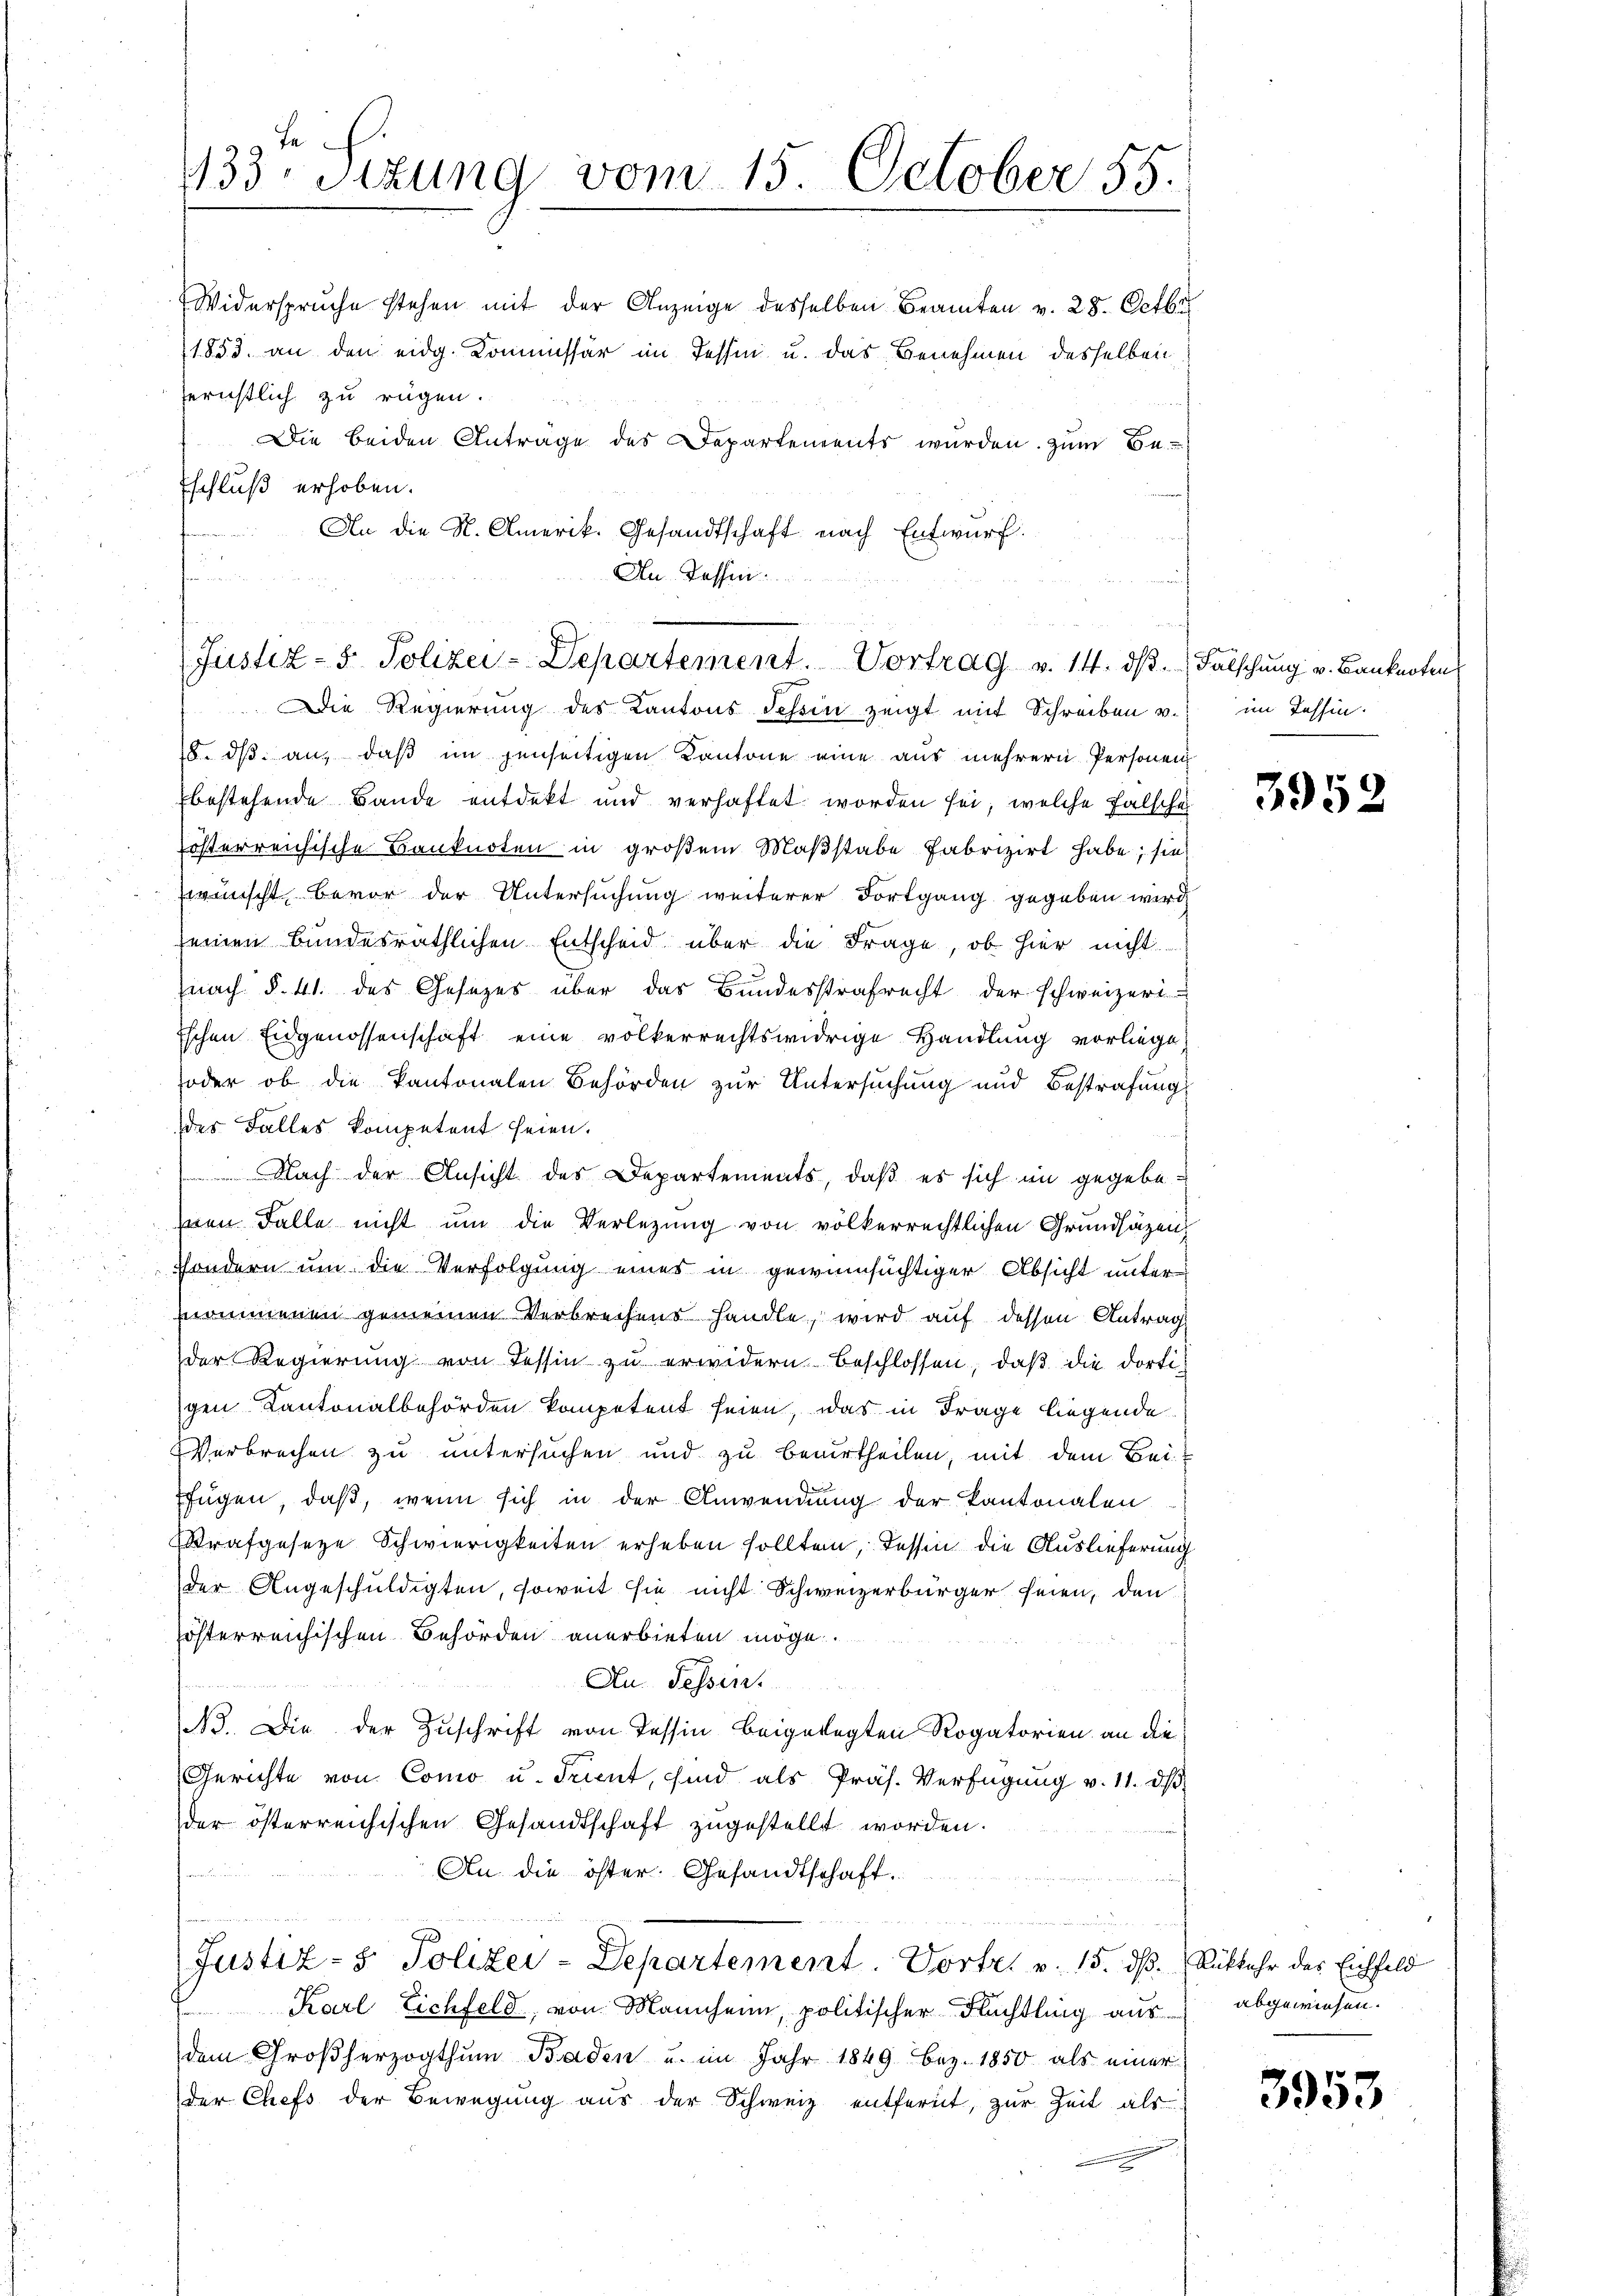
fe
133 Sizung vom 15. October 55.

Widerspruche stehen mit der Anzeige desselben Beamten v. 28. Octbr
1853 an den eidg. Kommissär im Tessin u. das Benehmen desselben
ernstlich zu rügen.
Die beiden Anträge des Departements wurden. Zum Be¬
Eschluß erhoben.
An die K. Amerik. Gesandtschaft nach Entwurf.
n
An Tassen
f

Justiz- & Polizei-Departement. Vortrag v. 14. dβ. Falschung v. Banknotens

Die Regierung des Kantons Schin zeigt mit Schreiben v.
8. dβ an, daß im jenseitigen Kantone eine aus mehrern Personen
bestehende Bande entdekt und verhaftet worden sei, welche Falsche
österreichische Banknoten in großem Maßstabe fabrizirt habe; sie
wünscht, bevor der Untersuchung weiterer Fortgang gegeben wird,
seinen Bundesräthlichen Entscheid über die Frage, ob hier nicht
(nach §. 41. des Gesetzes über das Bundesstrafrecht der schweizeri-
ischen Eidgenossenschaft eine völkerrechtswidrige Handlung vorliege,
oder ob die Kantonalen Behörden zur Untersuchung und Bestrafung
des Falles kompetent seien.
 Nach der Ansicht des Departements, daß es sich in gegebehnen Falle nicht um die Verlegung von völkerrechtlichen Grundsätzen
Sondern um die Verfolgung eines in gewinnsüchtiger Absicht unter
nommenen gemeinen Verbrechens handle, wird auf dessen Antrag
der Regierung von Tessin zu erwidern beschlossen, daß die dortigen Kantonalbehörden kompetent seien, was in Frage liegende
Verbrechen zu untersuchen und zu beurtheilen, mit dem Bei-
fügen, daß, wenn sich in der Anwendung der Kantonalen
Strafgeseze Schwierigkeiten erheben sollten, Tessin die Auslieferung
der Angeschuldigten, soweit sie nicht Schweizerbürger seien, den
sösterreichischen Behörden anerbieten möge.
Au Fessen.
B. Die der Zuschrift von Tessin beigelegten Rogatorien an die
Gerichte von Como u. Trient, sind als Präs. Verfügung v. 11. d.
der österreichischen Gesandtschaft zugestellt worden.

An die öster. Gesandtschaft.
Justiz- & Polizei-Departement. Vortr. v. 15. ds.
Karl Eichfeld, von Mannheim, politischer Flüchtling aus abgewiesen.
dem Großherzogthum Baden u. im Jahr 1849 bez. 1850 als einer
der Chefs der Bewegung aus der Schweiz entfernt, zur Zeit als

im Tessin.

3952

3953

Rükkehr des Eichfeld